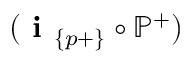
( \textbf { i } _ { \{ p + \} } \circ \mathbb { P } ^ { + } )